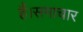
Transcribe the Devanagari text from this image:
हैं।समाचार